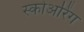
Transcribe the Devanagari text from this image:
स्कोअरिंग